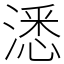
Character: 㴽